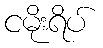
ငမိုးရိပ်